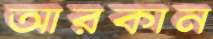
আরকান